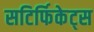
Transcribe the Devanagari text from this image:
सटिर्फिकेट्स